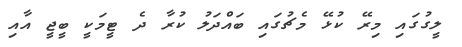
ލީގުގައި މިރޭ ކުޅޭ މެޗުގައި ބައްދަލު ކުރާ ދެ ޓީމަކީ ބީޖީ އާއި